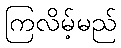
ကြလိမ့်မည်